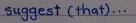
suggest (that)...